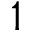
1